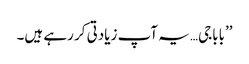
’’باباجی… یہ آپ زیادتی کر رہے ہیں۔